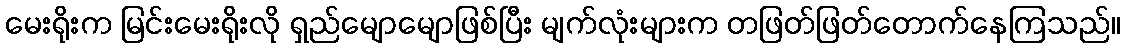
မေးရိုးက မြင်းမေးရိုးလို ရှည်မျောမျောဖြစ်ပြီး မျက်လုံးများက တဖြတ်ဖြတ်တောက်နေကြသည်။